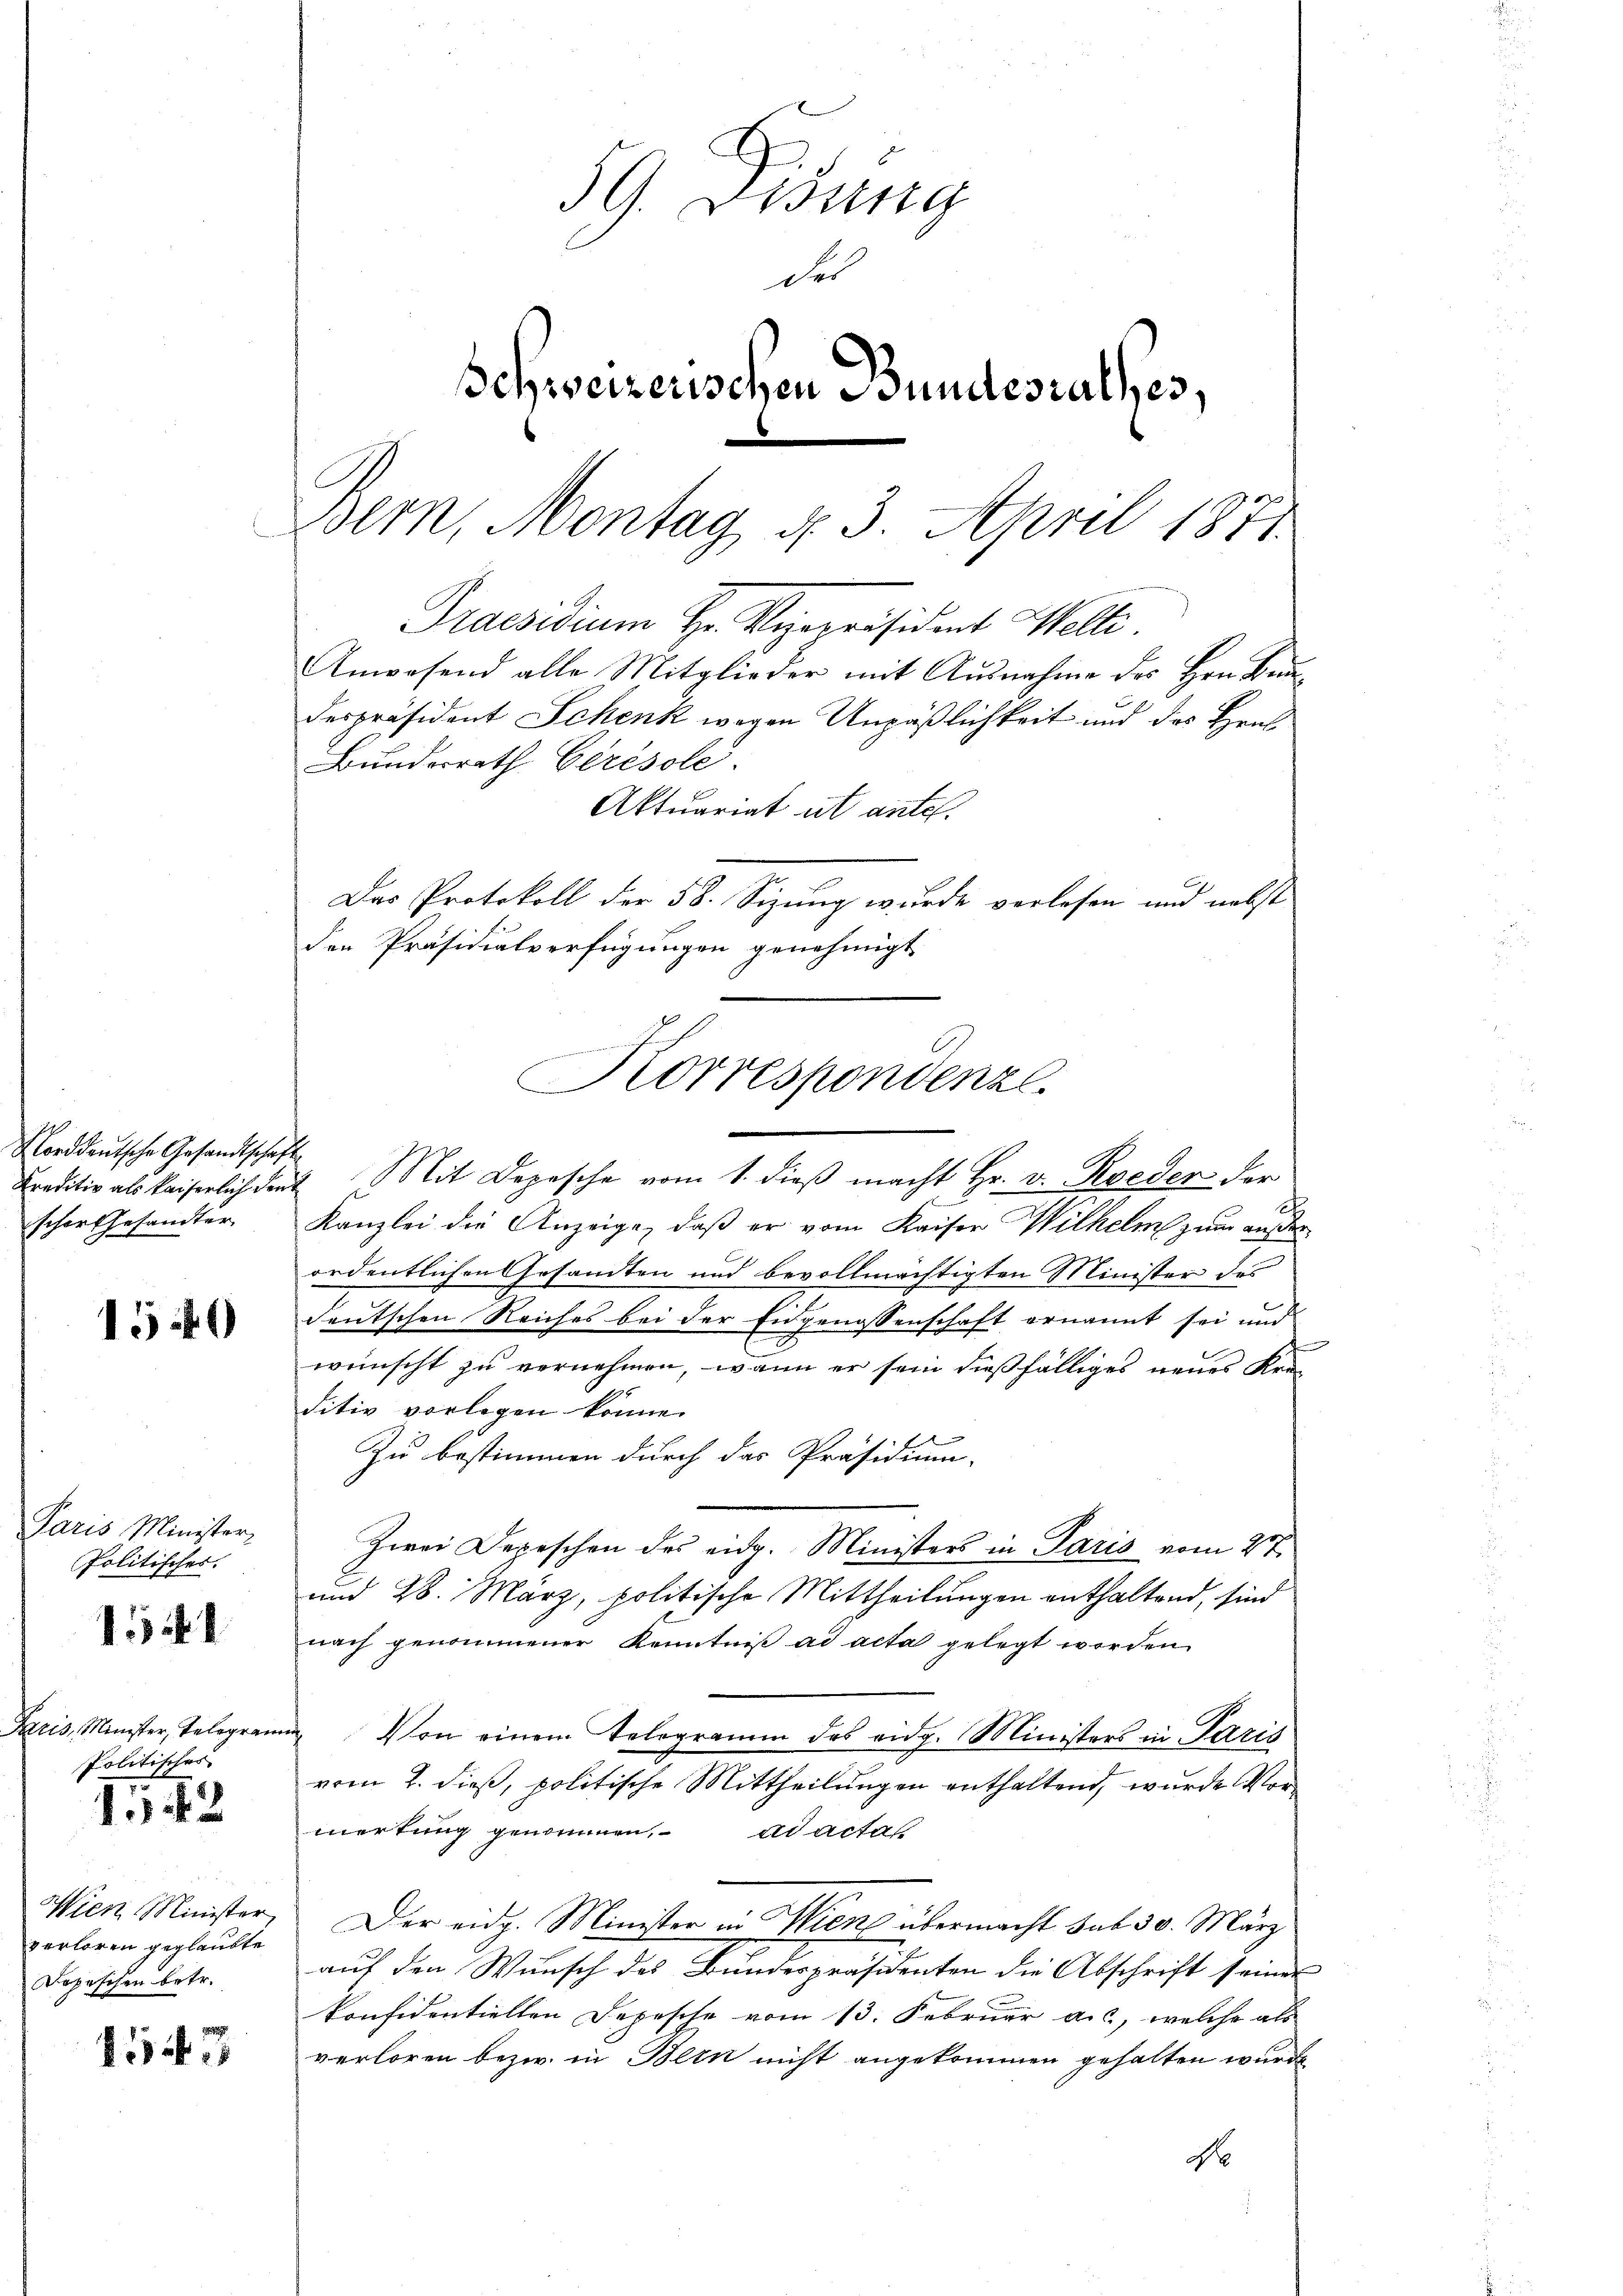
Norddeutsche Gesandtschafte
scher Gesandter

15

Paris Minister-
Politisches.

144

Paris, Minister, Telegram
Politisches
142

Wien Minister
verloren geglaubte
Dopischen betr.

1547

Praesidium Hr. Vizepräsident Welti.

59. Disung
der
Schweizerischen Bundesrathes,
Bern, Montag d. 3. April 1871

Anwesend alle Mitglieder mit Ausnahme des Hrn. Bundespräsident Schenk wegen Unpäßlichkeit und des Heus
Creditiv als kaiserlich den Mit Depesche vom 1. dieβ macht Hr. v. Roeder der
Kanzlei die Anzeige, daß er vom Kaiser Wilhelm zum außerordentlichen Gesandten und bevollmächtigten Minister des
deutschen Reiches bei der Eidgenossenschaft ernannt sei und
wünscht zu vernehmen, wenn er sein dießfälliges neues Kre-
ditiv vorlegen könne.
Zu bestimmen durch das Präsidium-
Zwei Depeschen des eidg. Ministers in Paris vom 27.
und 28. März, politische Mittheilungen enthaltend, sind
nach genommener Kenntniß ad acta gelegt worden.
ui Von einem Telegramm des eidg. Ministers in Paris
vom 2. dieß, politische Mittheilungen enthaltend, wurde Vormertung genommen, ad actas
Der eidg. Minister in Wien übermacht sub 30. März
auf den Wunsch des Bundespräsidenten die Abschrift seines
konfidentiellen Depesche vom 13. Februar a.c., welche als
verloren bezw. in Bern nicht angekommen gehalten wurde
No

Aktuariat ut antel.
Das Protokoll der 58. Sizung wurde verlesen und nebst
den Präsidialverfügungen genehmigt
Korrespondenze.

Bundesrath Cerésole.